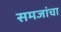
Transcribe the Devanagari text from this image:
समजांचा